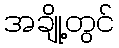
အချို့တွင်